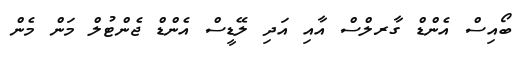
ބޯއިސް އެންޑް ގާރލްސް އާއި އަދި ލޭޑީސް އެންޑް ޖެންޓުލް މަން މެން